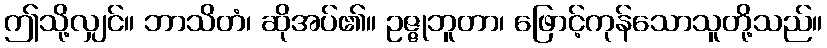
ဤသို့လျှင်။ ဘာသိတံ၊ ဆိုအပ်၏။ ဥဇ္ဇုဘူတာ၊ ဖြောင့်ကုန်သောသူတို့သည်။